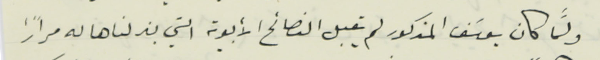
ولمَّا كان يوسَف المذكور لم يقبل النصائح الأبوية التي بذلناها له مرارًا